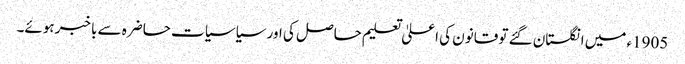
1905ء میں انگلستان گئے تو قانون کی اعلیٰ تعلیم حاصل کی اور سیاسیات حاضرہ سے باخبر ہوئے۔